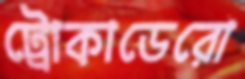
ট্রোকাডেরো